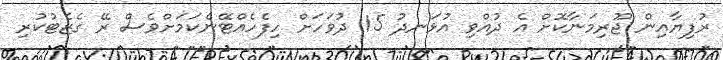
ރުފިޔާއިން ޖޫރިމަނާކޮށް އެ ދުއްވި އުޅަނދު 15 ދުވަހަށް ހިފެހެއްޓޭނެކަމަށްވެސް ރޭ ގެޒެޓުކުރި